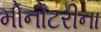
મોનોટરીના